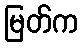
မြတ်က